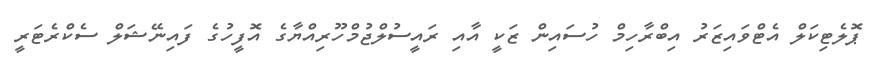
ޕޮލެޓިކަލް އެޓްވައިޒަރު އިބްރާހިމް ހުސައިން ޒަކީ އާއި ރައީސުލްޖުމްހޫރިއްޔާގެ އޮފީހުގެ ފައިނޭޝަލް ސެކްރެޓަރީ